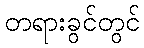
တရားခွင်တွင်